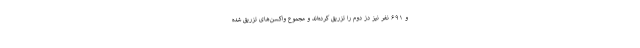
و ۶۹۱ نفر نیز دُز دوم را تزریق کرده‌اند و مجموع واکسن‌های تزریق شده